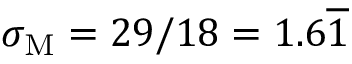
\sigma _ { \mathrm { M } } = 2 9 / 1 8 = 1 . 6 \overline { { 1 } }